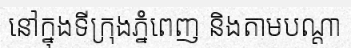
នៅក្នុងទីក្រុងភ្នំពេញ និងតាមបណ្តា